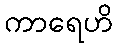
ကာရေဟိ